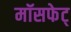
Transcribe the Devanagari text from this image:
मॉसफेट्